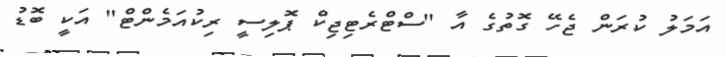
އަމަލު ކުރަން ޖެހޭ ގޮތުގެ އާ "ސްޓްރެޓިޖިކް ޕޮލިސީ ރިކުއަމެންޓް" އަކީ ބޮޑު